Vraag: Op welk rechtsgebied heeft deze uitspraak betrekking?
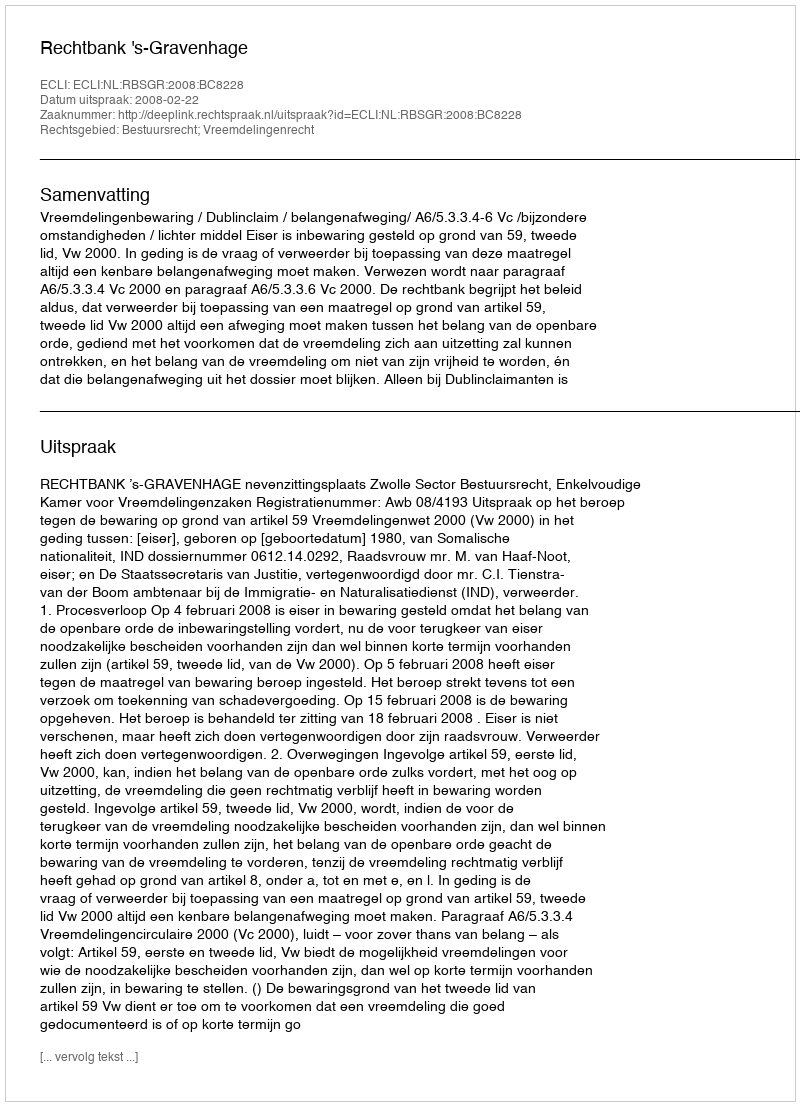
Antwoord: Bestuursrecht; Vreemdelingenrecht